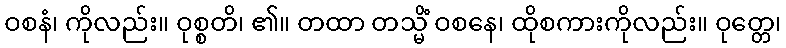
ဝစနံ၊ ကိုလည်း။ ဝုစ္စတိ၊ ၏။ တထာ တသ္မိံ ဝစနေ၊ ထိုစကားကိုလည်း။ ဝုတ္တေ၊